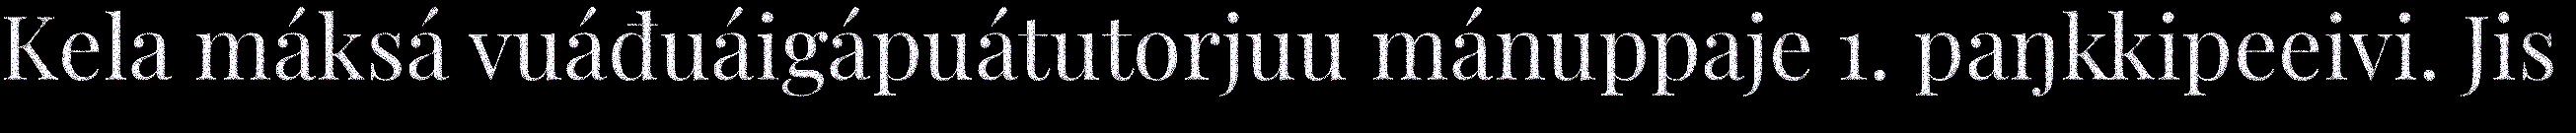
Kela máksá vuáđuáigápuátutorjuu mánuppaje 1. paŋkkipeeivi. Jis